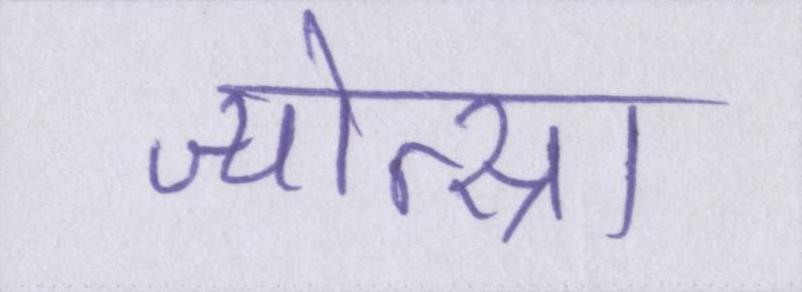
ज्योत्स्ना